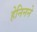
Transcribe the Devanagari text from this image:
हेनिनने